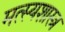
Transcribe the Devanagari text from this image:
मत्स्यशास्त्र